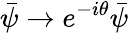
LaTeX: {\bar{\psi}}\rightarrow e^{-i\theta}{\bar{\psi}}